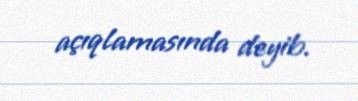
açıqlamasında deyib.